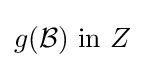
g({\mathcal {B}}){\text{ in }}Z